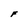
Character: F